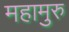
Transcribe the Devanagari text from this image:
महामुरु